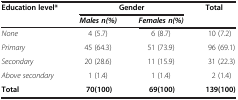
| <ROWSPAN=2> Education level* | <COLSPAN=2> Gender | <ROWSPAN=2> Total |
 | Males n(%) | Females n(%) |
 | --- | --- | --- | --- |
 | None | 4 (5.7) | 6 (8.7) | 10 (7.2) |
 | Primary | 45 (64.3) | 51 (73.9) | 96 (69.1) |
 | Secondary | 20 (28.6) | 11 (15.9) | 31 (22.3) |
 | Above secondary | 1 (1.4) | 1 (1.4) | 2 (1.4) |
 | Total | 70(100) | 69(100) | 139(100) |